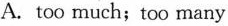
A.too much;too many